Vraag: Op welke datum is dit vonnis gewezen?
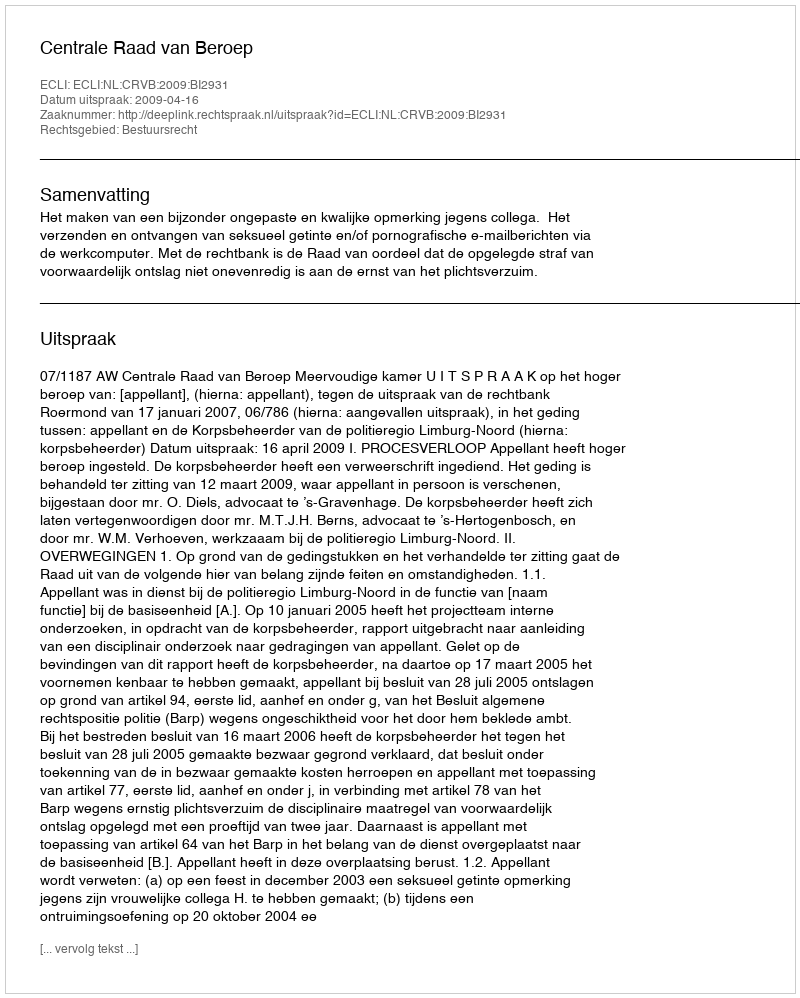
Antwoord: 2009-04-16